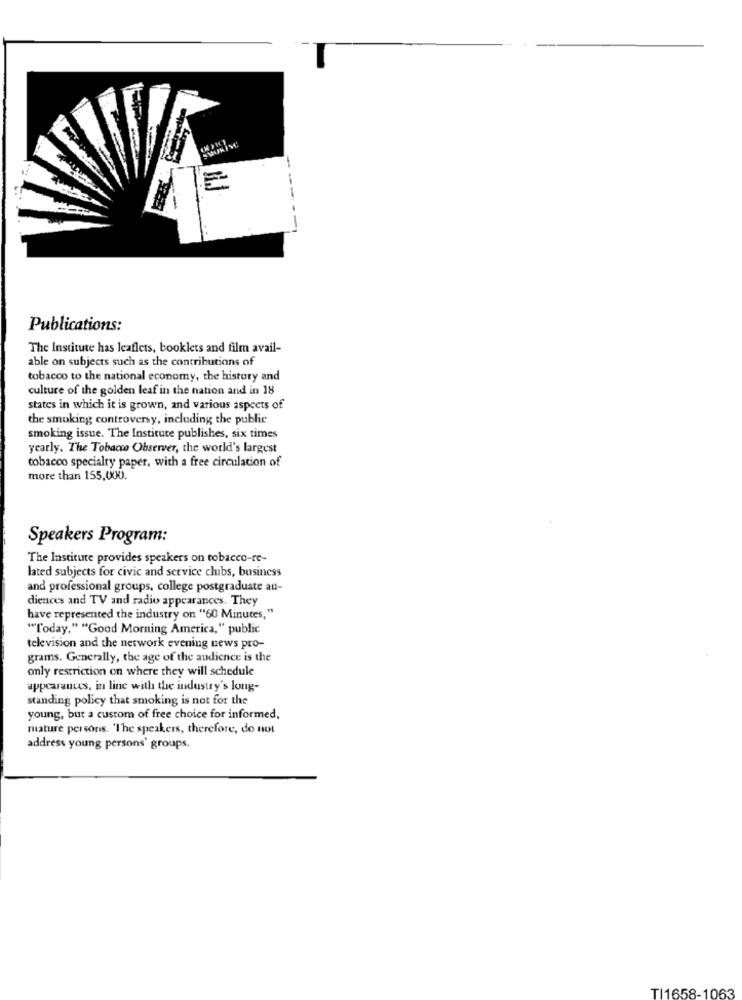
E
-
Publications:
The Institute has leaflets, booklets and film avail-
able on subjects such as the contributions of
tobacco to the national economy, the history and
culture of the golden leaf in the nation and in 18
states in which it is grown, and various aspects of
the smoking controversy, including the public
smoking issue. The Institute publishes, six times
yearly. The Tobacco Observer, the world's largest
tobacco specialty paper, with a free circulation of
more than 155,000.
Speakers Program:
The Institute provides speakers on tobacco-re-
lated subjects for civic and service clubs, business
and professional groups, college postgraduate au-
diences and TV and radio appearances. They
have represented the industry on "60 Minutes, "
"Today." "Good Morning America," public
television and the network evening news pro-
grams. Generally, the age of the audience is the
only restriction on where they will schedule
appearances, in line with the industry's long-
standing policy that smoking is not for the
young, but a custom of free choice for informed.
mature persons. 'I'he speakers, therefore, do not
address young persons' groups.
TI1658-1063